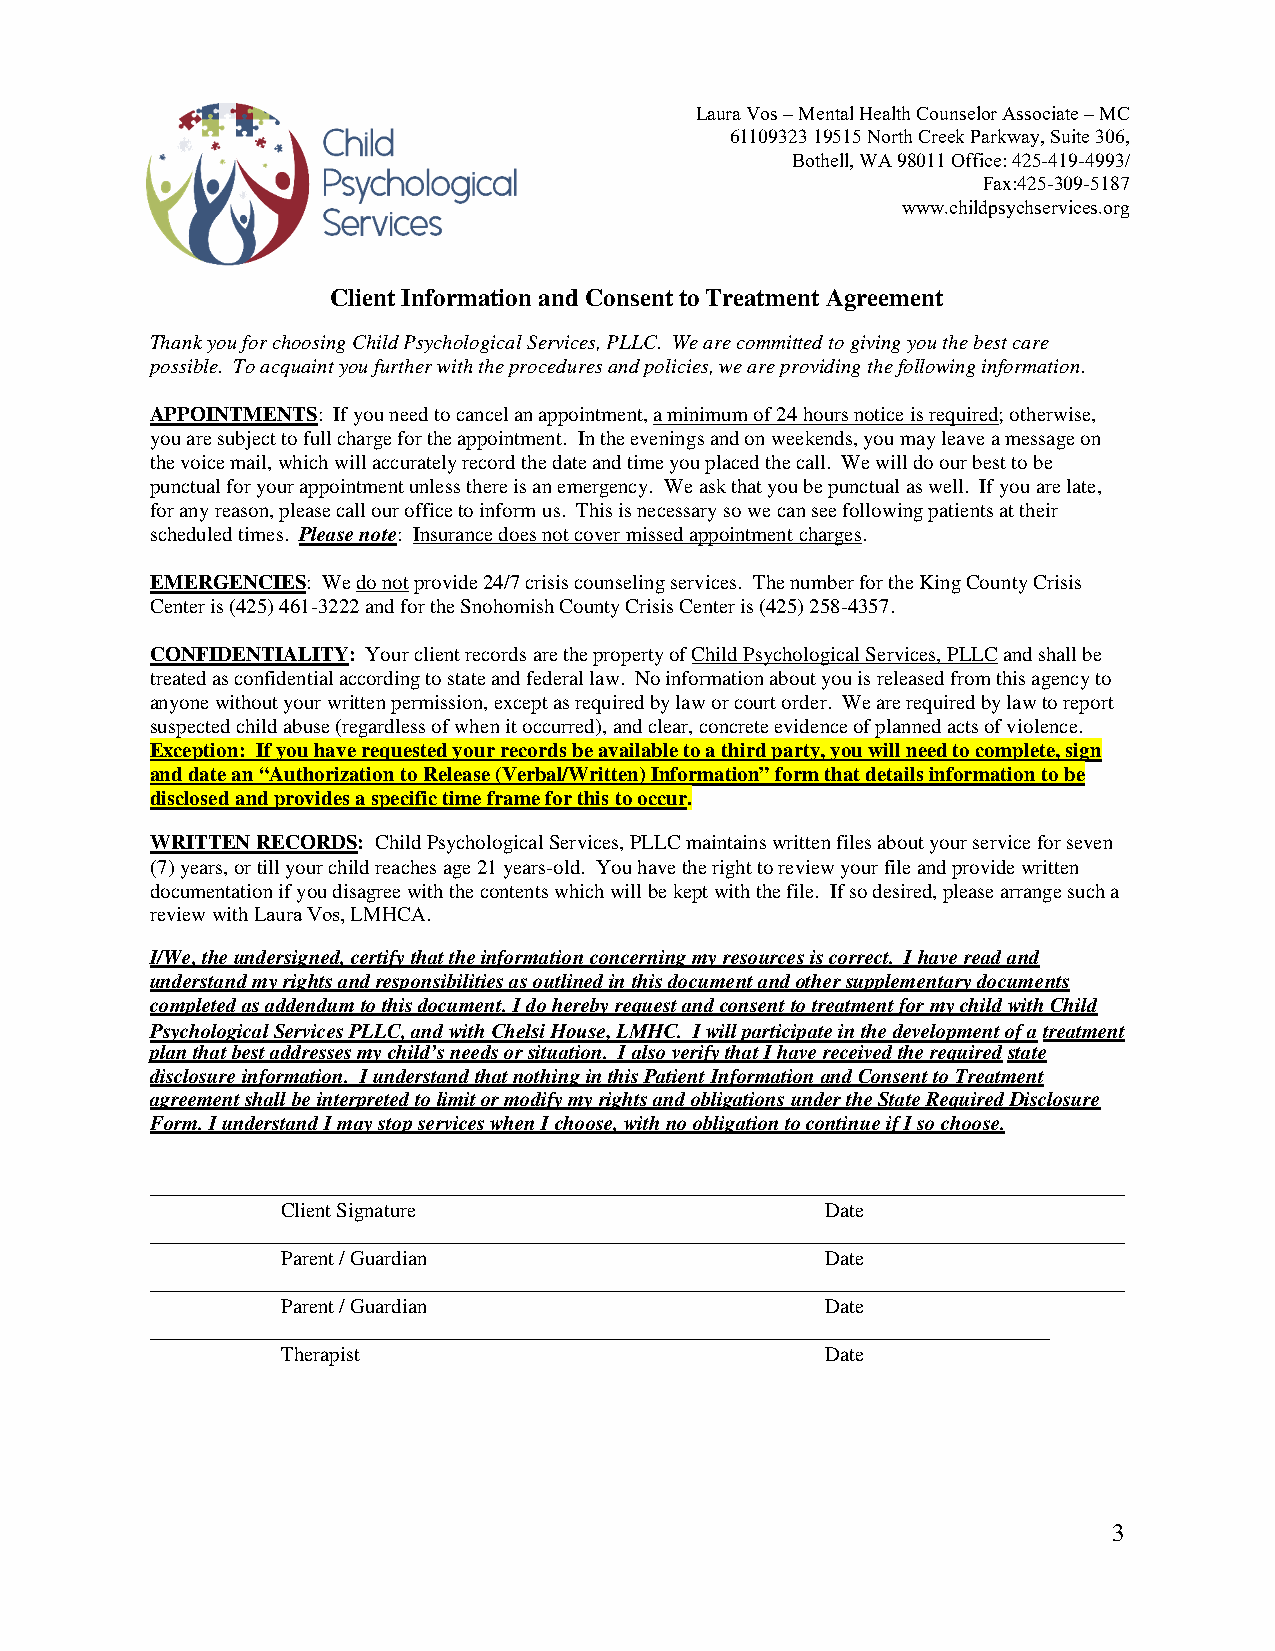
Laura Vos – Mental Health Counselor Associate – MC
 61109323 19515 North Creek Parkway, Suite 306,
 Bothell, WA 98011 Office: 425-419-4993/
 Fax:425-309-5187
 www.childpsychservices.org
 Client Information and Consent to Treatment Agreement
 Thank you for choosing Child Psychological Services, PLLC. We are committed to giving you the best care
 possible. To acquaint you further with the procedures and policies, we are providing the following information.
 APPOINTMENTS: If you need to cancel an appointment, a minimum of 24 hours notice is required; otherwise,
 you are subject to full charge for the appointment. In the evenings and on weekends, you may leave a message on
 the voice mail, which will accurately record the date and time you placed the call. We will do our best to be
 punctual for your appointment unless there is an emergency. We ask that you be punctual as well. If you are late,
 for any reason, please call our office to inform us. This is necessary so we can see following patients at their
 scheduled times. Please note: Insurance does not cover missed appointment charges.
 EMERGENCIES: We do not provide 24/7 crisis counseling services. The number for the King County Crisis
 Center is (425) 461-3222 and for the Snohomish County Crisis Center is (425) 258-4357.
 CONFIDENTIALITY: Your client records are the property of Child Psychological Services, PLLC and shall be
 treated as confidential according to state and federal law. No information about you is released from this agency to
 anyone without your written permission, except as required by law or court order. We are required by law to report
 suspected child abuse (regardless of when it occurred), and clear, concrete evidence of planned acts of violence.
 Exception: If you have requested your records be available to a third party, you will need to complete, sign
 and date an “Authorization to Release (Verbal/Written) Information” form that details information to be
 disclosed and provides a specific time frame for this to occur.
 WRITTEN RECORDS: Child Psychological Services, PLLC maintains written files about your service for seven
 (7) years, or till your child reaches age 21 years-old. You have the right to review your file and provide written
 documentation if you disagree with the contents which will be kept with the file. If so desired, please arrange such a
 review with Laura Vos, LMHCA.
 I/We, the undersigned, certify that the information concerning my resources is correct. I have read and
 understand my rights and responsibilities as outlined in this document and other supplementary documents
 completed as addendum to this document. I do hereby request and consent to treatment for my child with Child
 Psychological Services PLLC, and with Chelsi House, LMHC. I will participate in the development of a treatment
 plan that best addresses my child’s needs or situation. I also verify that I have received the required state
 disclosure information. I understand that nothing in this Patient Information and Consent to Treatment
 agreement shall be interpreted to limit or modify my rights and obligations under the State Required Disclosure
 Form. I understand I may stop services when I choose, with no obligation to continue if I so choose.
 Client Signature                    Date
 Parent / Guardian                   Date
 Parent / Guardian                   Date
 Therapist                           Date
 3